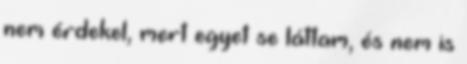
nem érdekel, mert egyet se láttam, és nem is